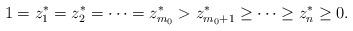
LaTeX: \begin{align*}1=z_1^*=z_2^*=\cdots=z^*_{m_0}>z_{m_0+1}^*\ge \cdots \ge z^*_n\ge 0.\end{align*}